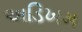
અડિખમ